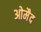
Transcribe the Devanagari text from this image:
ओमैद